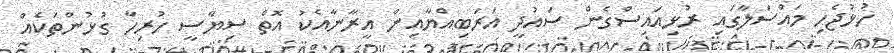
ހުޅުޖެހި މައްސަލާގައި ރުޅިއައިސްގެން ސައުދީ އަރަބިއްޔާއިން އީރާނާއެކު އޮތް ސިޔާސީ ހުރިހާ ގުޅުންތަކެއް